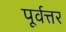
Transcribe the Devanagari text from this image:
पूर्वत्तर